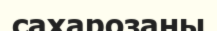
сахарозаны